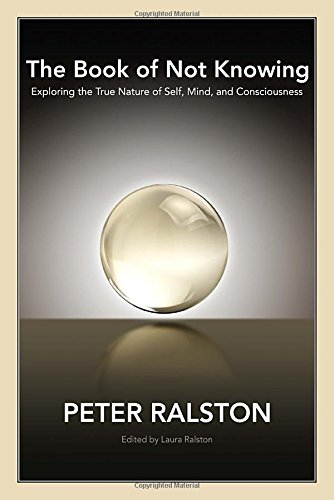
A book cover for The Book of Not Knowing: Exploring the True Nature of Self, Mind, and Consciousness; Peter Ralston; Politics & Social Sciences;